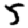
Digit: 5